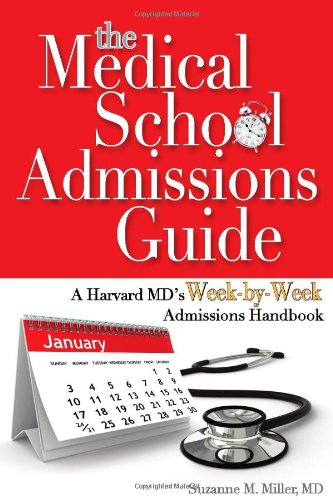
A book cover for The Medical School Admissions Guide: A Harvard MD's Week-By-Week Admissions Handbook; Suzanne M. Miller; Education & Teaching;